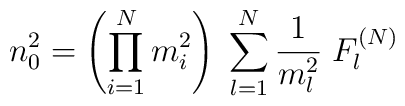
n_0^2 = \left( \prod\limits_{i=1}^N m_i^2 \right) \;\sum\limits_{l=1}^N \frac{1}{m_l^2} \; F_l^{(N)}